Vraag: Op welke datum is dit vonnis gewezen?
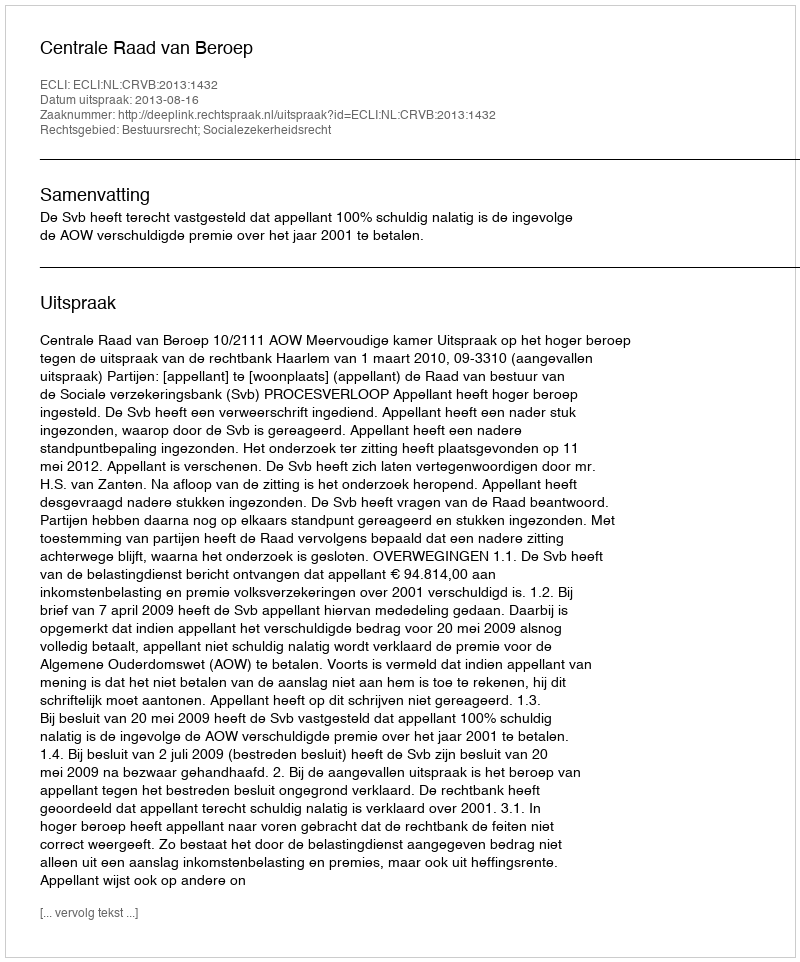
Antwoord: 2013-08-16